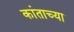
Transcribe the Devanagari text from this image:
कांताच्या